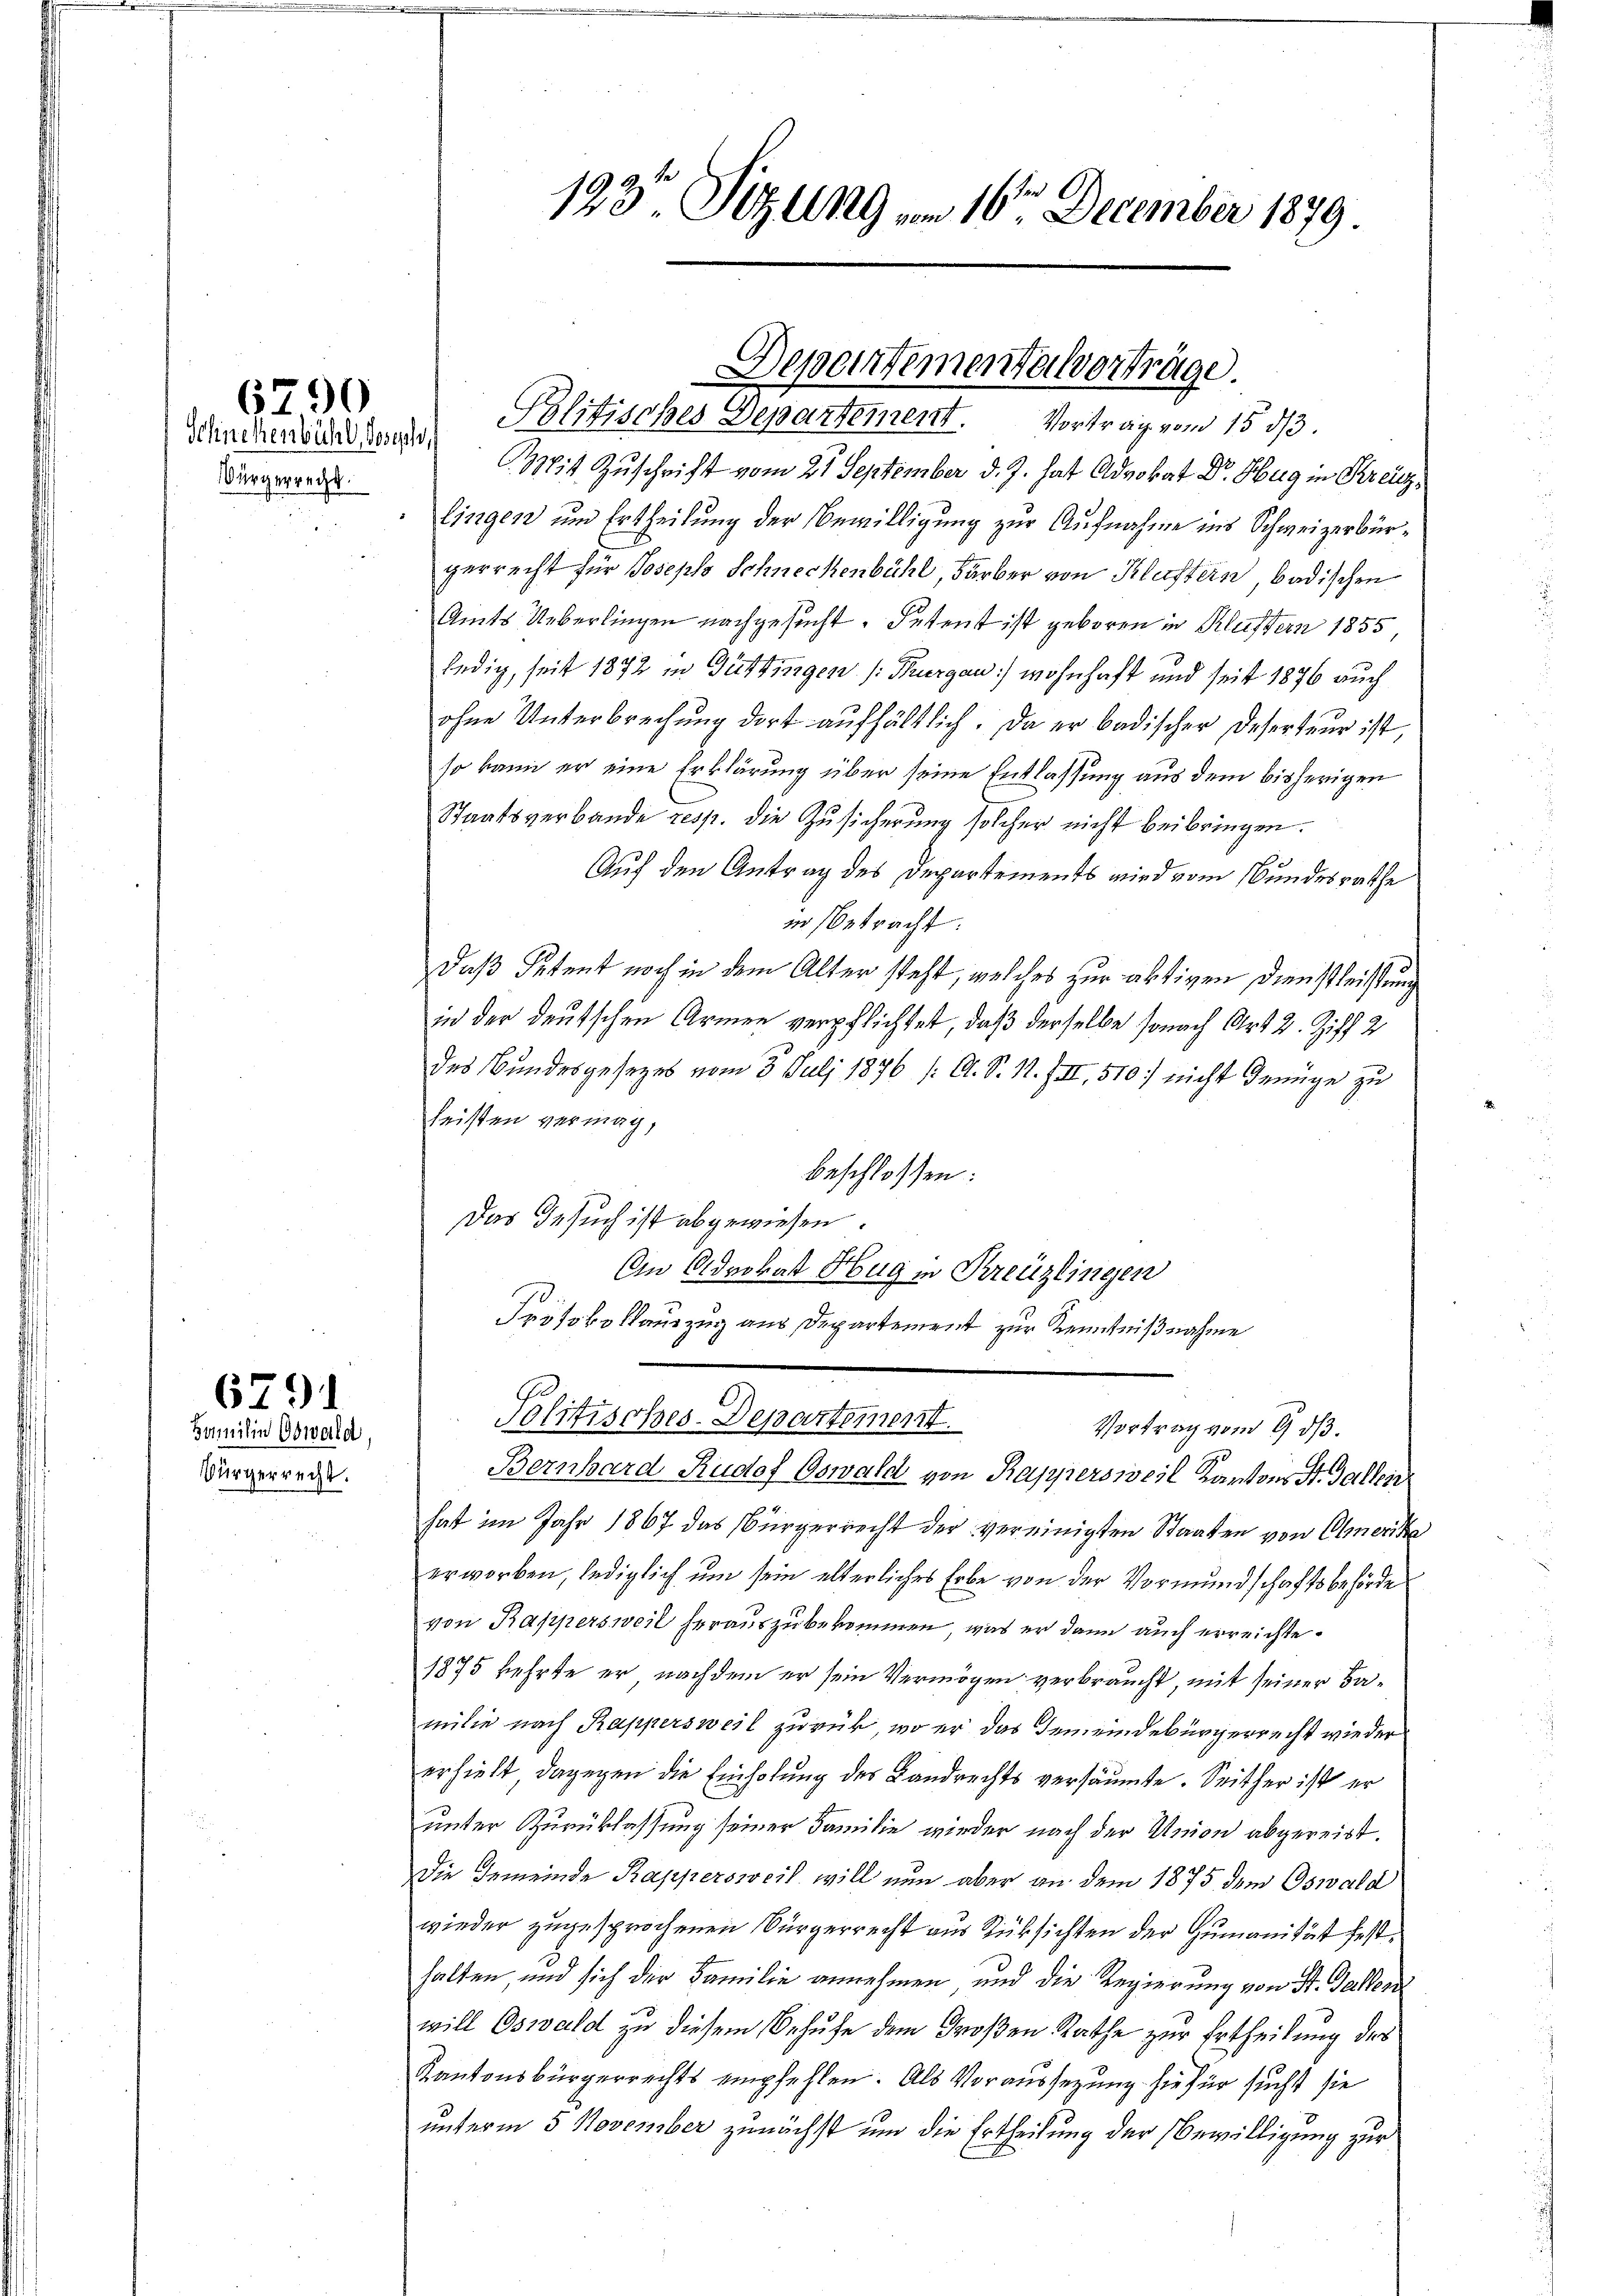
Schnetenbühl, Joseph,
Bürgerrecht.

Bamilin Obwald,
Bürgerrecht.

6791

6790

Mit Zuschrift vom 21 September d. J. hat Advokat Dr. Hug in Kreizlingen und Ertheilung der Bewilligung zur Aufnahme ins Schweizerbürgerrecht für Joseph Schneckenbühl, Färber von Kluftern, badischen
Amts Ueberlingen nachgesucht. Petent ist geboren in Klustern 1855,
ledig, seit 1872 in Güttingen (Thurgau) wohnhaft und seit 1876 auch
ohne Unterbrechung dort aufhältlich. Da er badischer Deserteur ist,
so kann er eine Erklärung über seine Entlassung aus dem bisherigen
Staatsverbande resp. die Zŭsicherung solcher nicht beibringen.
Auf den Antrag des Departements wird vom Bundesrathe
in betracht:
daß Petent noch in dem Alter steht, welches zur aktiven Dienstleistung
in der deutschen Armen verpflichtet, daß derselbe sonach Art 2. Ziff. 2
des Bundesgesezes vom 3. Juli 1876 /: A. S. N. III, 510 nicht Genüge zu
heisten vermag,
beschlossen:
Das Gesuch ist abgewiesen.
An Advokat Hug in Kreuzlingen
Protokollauszug aus Departement zur Kenntnißnahme

193 Sizung 10. December 1879

Politisches-Departement.

Departementalverträge
Politisches Departement. Vortrag vom 15. ds.

Vortrag vom 9. ds.

Bernhard Rudof Oswald von Rappersweil Kartons St. Gallen
hat im Jahr 1867 das Bürgerrecht der vereinigten Staaten von Olmerika
erworben, lediglich um sein elterliches Erbe von der Vormundschaftsbehörde
von Kappersweil herauszubekommen, was er dann auch erreichte¬
1875 kehrte er, nachdem er sein Vermögen verbraucht, mit seiner Familie nach Rappersweil zurück, wo er das Gemeindebürgerrecht wieder
erhielt dagegen die Einholung des Landrechts versäumte. Seither ist er
unter Zurücklassung seiner Familie wieder nach der Union abgereist.
Die Gemeinde Rappersweil will nun aber an dem 1875 dem Oswald
wieder zugesprochenen Bürgerrecht aus Rücksichten der Humanität festhalten, und sich der Familie annehmen, und die Regierung von St. Gallen
will Oswald zu diesem Behufe dem Großen Rathe zur Ertheilung des
Kantonsbürgerrechts empfehlen. Als Voraussezung hiefür sucht sie
unterm 5 November zunächst um die Ertheilung der Bewilligung zur